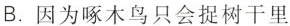
B.因为啄木鸟只会捉树干里